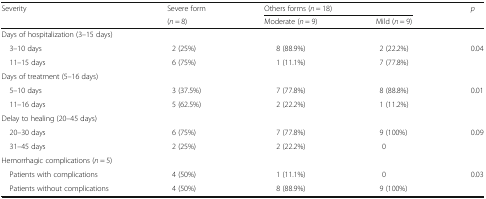
<table><thead><tr><td rowspan="2"><b>Severity</b></td><td><b>Severe form</b></td><td colspan="2"><b>Others forms (<i>n</i> = 18)</b></td><td rowspan="2"><b><i>p</i></b></td></tr><tr><td><b>(<i>n</i> = 8)</b></td><td><b>Moderate (<i>n</i> = 9)</b></td><td><b>Mild (<i>n</i> = 9)</b></td></tr></thead><tbody><tr><td colspan="5">Days of hospitalization (3–15 days)</td></tr><tr><td> 3–10 days</td><td>2 (25%)</td><td>8 (88.9%)</td><td>2 (22.2%)</td><td>0.04</td></tr><tr><td> 11–15 days</td><td>6 (75%)</td><td>1 (11.1%)</td><td>7 (77.8%)</td><td></td></tr><tr><td colspan="5">Days of treatment (5–16 days)</td></tr><tr><td> 5–10 days</td><td>3 (37.5%)</td><td>7 (77.8%)</td><td>8 (88.8%)</td><td>0.01</td></tr><tr><td> 11–16 days</td><td>5 (62.5%)</td><td>2 (22.2%)</td><td>1 (11.2%)</td><td></td></tr><tr><td colspan="5">Delay to healing (20–45 days)</td></tr><tr><td> 20–30 days</td><td>6 (75%)</td><td>7 (77.8%)</td><td>9 (100%)</td><td>0.09</td></tr><tr><td> 31–45 days</td><td>2 (25%)</td><td>2 (22.2%)</td><td>0</td><td></td></tr><tr><td colspan="5">Hemorrhagic complications (<i>n</i> = 5)</td></tr><tr><td> Patients with complications</td><td>4 (50%)</td><td>1 (11.1%)</td><td>0</td><td>0.03</td></tr><tr><td> Patients without complications</td><td>4 (50%)</td><td>8 (88.9%)</td><td>9 (100%)</td><td></td></tr></tbody></table>